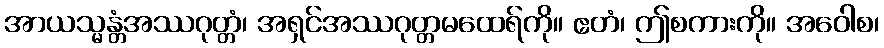
အာယသ္မန္တံအဿဂုတ္တံ၊ အရှင်အဿဂုတ္တမထေရ်ကို။ ဧတံ၊ ဤစကားကို။ အဝေါစ၊